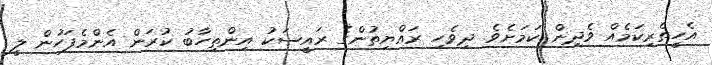
އެހީތެރިކަމެއް ވެދިން ކަމަށެވެ. ދިވެހި ރައްޔިތުންގެ ރައީސަކު އިންތިހާބު ކުރަން އެންމެފަހުން ލީ